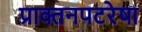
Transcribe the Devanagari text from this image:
प्राक्तनपटरेषा